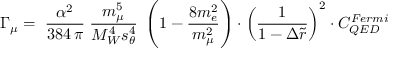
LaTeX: \Gamma _ { \mu } = \; \frac { \alpha ^ { 2 } } { 3 8 4 \, \pi } \; \frac { m _ { \mu } ^ { 5 } } { M _ { W } ^ { 4 } s _ { \theta } ^ { 4 } } \; \left( 1 - \frac { 8 m _ { e } ^ { 2 } } { m _ { \mu } ^ { 2 } } \right) \cdot \left( \frac { 1 } { 1 - \Delta \tilde { r } } \right) ^ { 2 } \cdot C _ { Q E D } ^ { F e r m i }